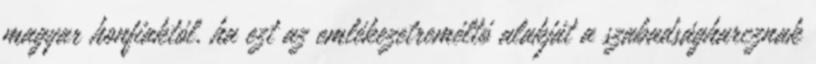
magyar honfiaktól, ha ezt az emlékezetreméltó alakját a szabadságharcznak